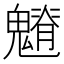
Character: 𩴎